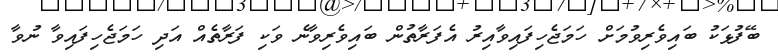
ބޭފުޅަކު ބައިވެރިވުމަށް ހަމަޖެހިފައިވާއިރު އެފަރާތުން ބައިވެރިވާނެ ވަކި ފަރާތެއް އަދި ހަމަޖެހިފައިވާ ނުވާ